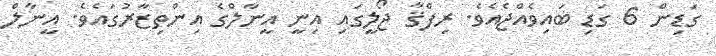
ގަޑިން 6 ގަޑި ބައިވެއްޖެއެވެ. ރިފްޤާ ޖޯލީގައި އިނީ އީނާލްގެ އިންތިޒާރުގައެވެ. އީނާލް